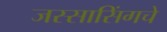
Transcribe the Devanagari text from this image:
जस्सासिंगचे